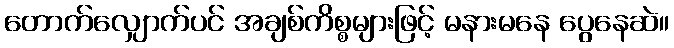
တောက်လျှောက်ပင် အချစ်ကိစ္စများဖြင့် မနားမနေ ပွေနေဆဲ။